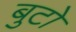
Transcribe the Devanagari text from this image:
बुटो